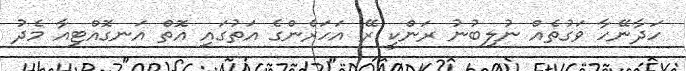
ހަދާނޭހާ ވަގުތެއް ނުލިބުނު ރަންކީ ރޭ އަހަރެންގެ އަތުގައި އޮތް އަނގޮއްޓިއާ މެދު